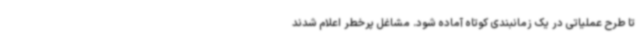
تا طرح عملیاتی در یک زمانبندی کوتاه آماده شود. مشاغل پرخطر اعلام شدند